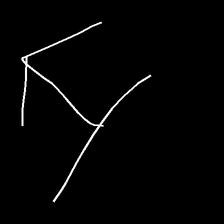
Glyph: levitation